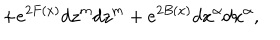
+ e ^ { 2 F ( x ) } d z ^ { m } d z ^ { m } + e ^ { 2 B ( x ) } d x ^ { \alpha } d x ^ { \alpha } ,